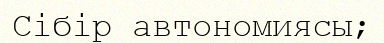
Сібір автономиясы;